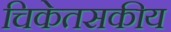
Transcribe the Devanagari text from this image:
चिकेतसकीय